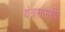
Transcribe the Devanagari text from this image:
यंत्रसामगीत